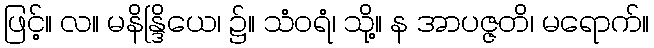
ဖြင့်။ လ။ မနိန္ဒြိယေ၊ ၌။ သံဝရံ၊ သို့။ န အာပဇ္ဇတိ၊ မရောက်။